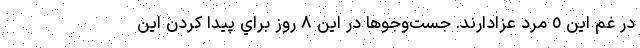
در غم این ٥ مرد عزادارند. جست‌وجوها در این ٨ روز براي پیدا كردن اين